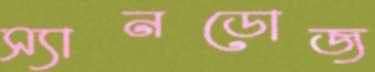
স্যানডোজ